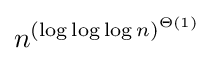
n^{(\log \log \log n)^{\Theta (1)}}